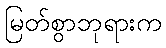
မြတ်စွာဘုရားက